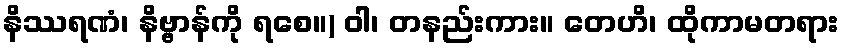
နိဿရဏံ၊ နိဗ္ဗာန်ကို ရစေ။) ဝါ၊ တနည်းကား။ တေဟိ၊ ထိုကာမတရား